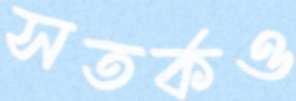
সতর্কও